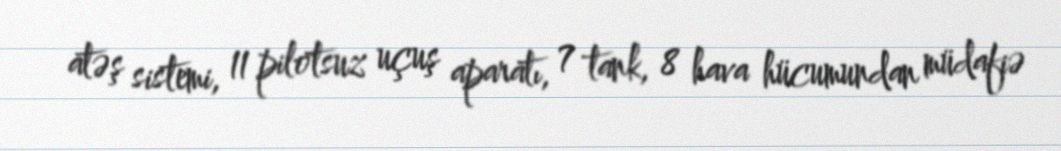
atəş sistemi, 11 pilotsuz uçuş aparatı, 7 tank, 8 hava hücumundan müdafiə